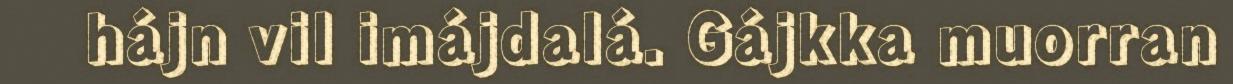
hájn vil imájdalá. Gájkka muorran